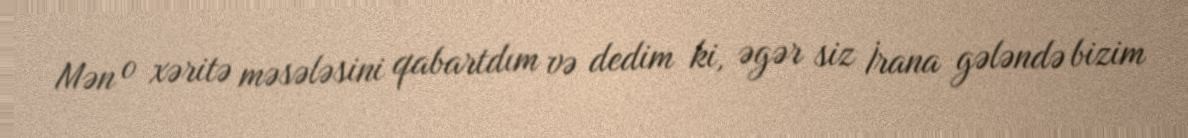
Mən o xəritə məsələsini qabartdım və dedim ki, əgər siz İrana gələndə bizim